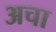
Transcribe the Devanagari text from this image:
अचा